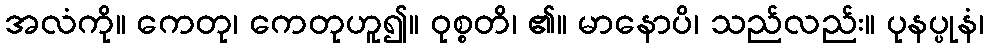
အလံကို။ ကေတု၊ ကေတုဟူ၍။ ဝုစ္စတိ၊ ၏။ မာနောပိ၊ သည်လည်း။ ပုနပ္ပုနံ၊